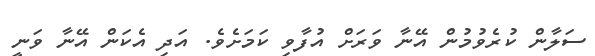
ސަލާން ކުރެވުމުން އޭނާ ވަރަށް އުފާވި ކަމަށެވެ. އަދި އެކަން އޭނާ ވަނީ